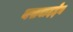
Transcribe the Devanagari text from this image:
यसबादद्देन